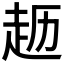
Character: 𫎱